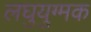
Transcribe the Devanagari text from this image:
लघुयुग्मक